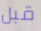
قبل